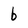
Character: b